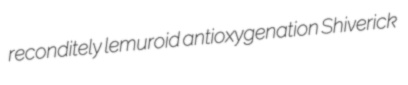
reconditely lemuroid antioxygenation Shiverick